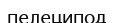
пелеципод